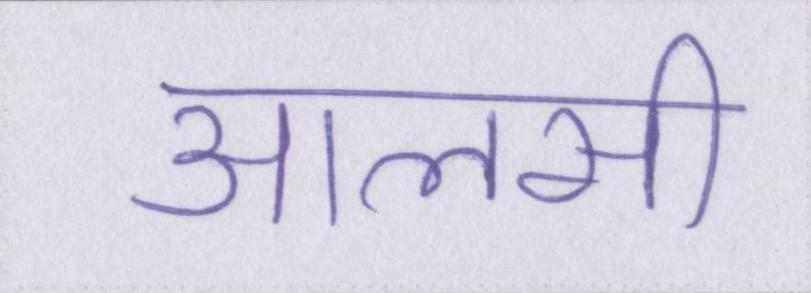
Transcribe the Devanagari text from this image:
आलसी